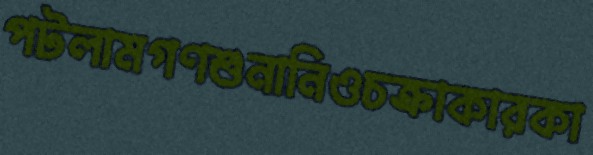
পটলামগণশুনানিওচক্রাকারকা